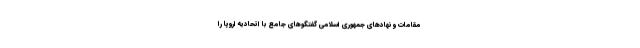
مقامات و نهاد‌های جمهوری اسلامی گفتگوهای جامع با اتحادیه اروپا را